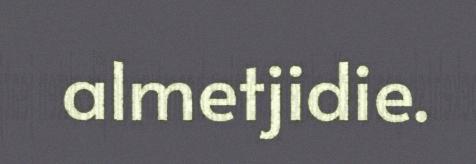
almetjidie.